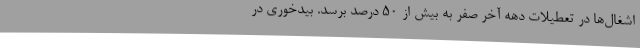
اشغال‌ها در تعطیلات دهه آخر صفر به بیش از 50 درصد برسد. بیدخوری در